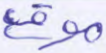
موقع